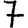
Digit: 7